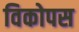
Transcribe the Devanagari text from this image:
विकोपस